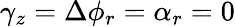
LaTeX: \gamma_{z}=\Delta\phi_{r}=\alpha_{r}=0